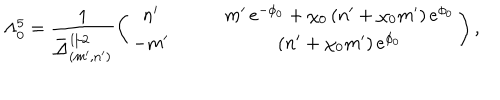
LaTeX: \Lambda _ { 0 } ^ { 5 } = \frac { 1 } { \bar { \Delta } _ { ( m ^ { \prime } , n ^ { \prime } ) } ^ { 1 / 2 } } \left( \begin{array} { c c } { { n ^ { \prime } \qquad } } & { { m ^ { \prime } \, e ^ { - \phi _ { 0 } } + \chi _ { 0 } \, ( n ^ { \prime } + \chi _ { 0 } m ^ { \prime } ) \, e ^ { \phi _ { 0 } } } } \\ { { - m ^ { \prime } \qquad } } & { { ( n ^ { \prime } + \chi _ { 0 } m ^ { \prime } ) \, e ^ { \phi _ { 0 } } } } \\ \end{array} \right) ,